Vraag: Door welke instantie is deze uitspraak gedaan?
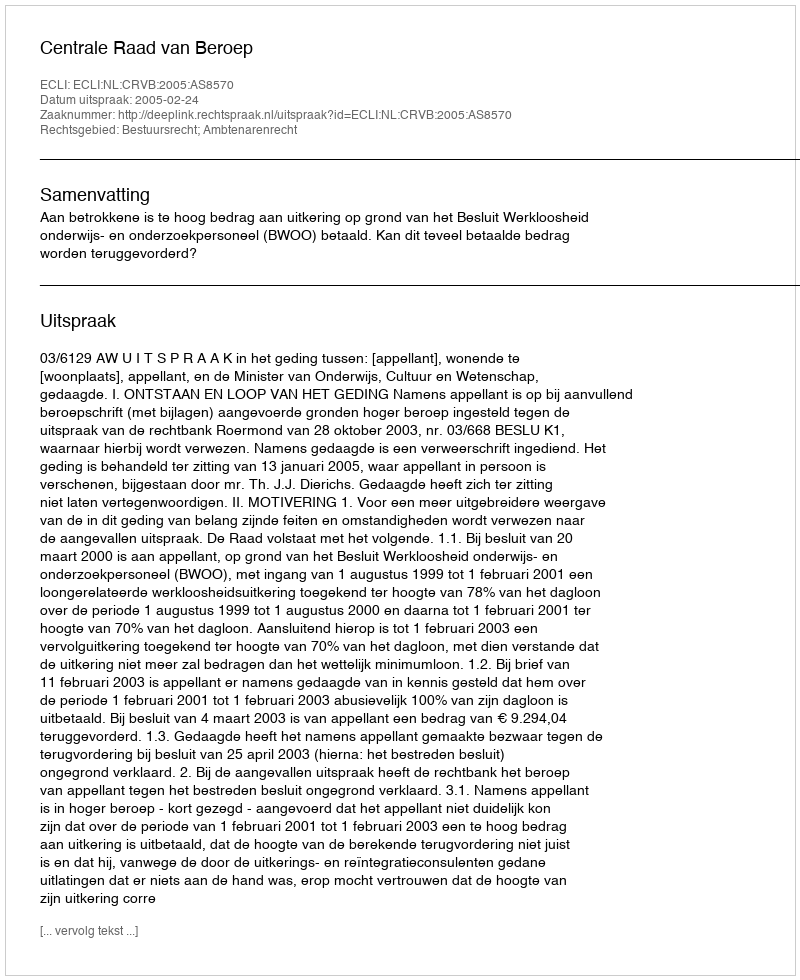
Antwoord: Centrale Raad van Beroep